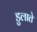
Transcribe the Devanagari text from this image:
डुलाते